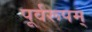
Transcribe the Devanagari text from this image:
पूर्वरूपम्